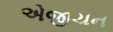
એજીયન